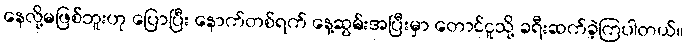
နေလို့မဖြစ်ဘူးဟု ပြောပြီး နောက်တစ်ရက် နေ့ဆွမ်းအပြီးမှာ တောင်ငူသို့ ခရီးဆက်ခဲ့ကြပါတယ်။